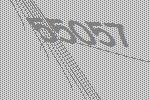
55057